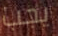
يجب